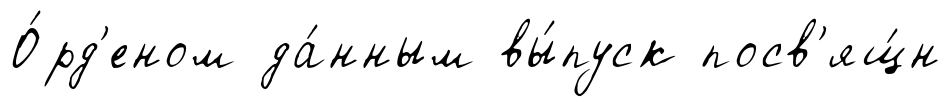
О́рд'еном да́нным вы́пуск посв'ящ́н